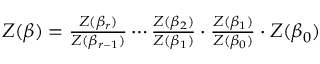
\begin{array} { r } { Z ( \beta ) = \frac { Z ( \beta _ { r } ) } { Z ( \beta _ { r - 1 } ) } \cdots \frac { Z ( \beta _ { 2 } ) } { Z ( \beta _ { 1 } ) } \cdot \frac { Z ( \beta _ { 1 } ) } { Z ( \beta _ { 0 } ) } \cdot Z ( \beta _ { 0 } ) } \end{array}